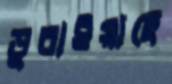
ডুবাইয়াছে